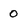
Character: 0